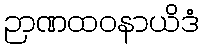
ဉာဏထဝနာယိဒံ